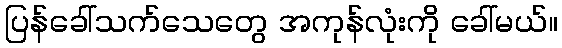
ပြန်ခေါ်သက်သေတွေ အကုန်လုံးကို ခေါ်မယ်။